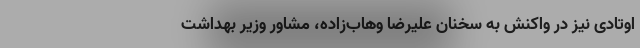
اوتادی نیز در واکنش به سخنان علیرضا وهاب‌زاده، مشاور وزیر بهداشت